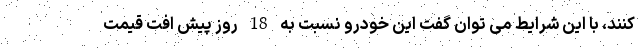
کنند، با این شرایط می توان گفت این خودرو نسبت به 18 روز پیش افت قیمت